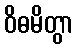
ဝိဓမိတွာ